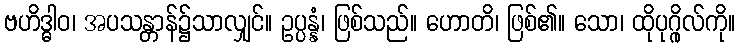
ဗဟိဒ္ဓါဝ၊ အပသန္တာန်၌သာလျှင်။ ဥပ္ပန္နံ၊ ဖြစ်သည်။ ဟောတိ၊ ဖြစ်၏။ သော၊ ထိုပုဂ္ဂိုလ်ကို။